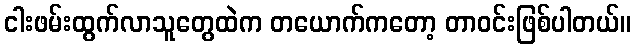
ငါးဖမ်းထွက်လာသူတွေထဲက တယောက်ကတော့ တာဝင်းဖြစ်ပါတယ်။